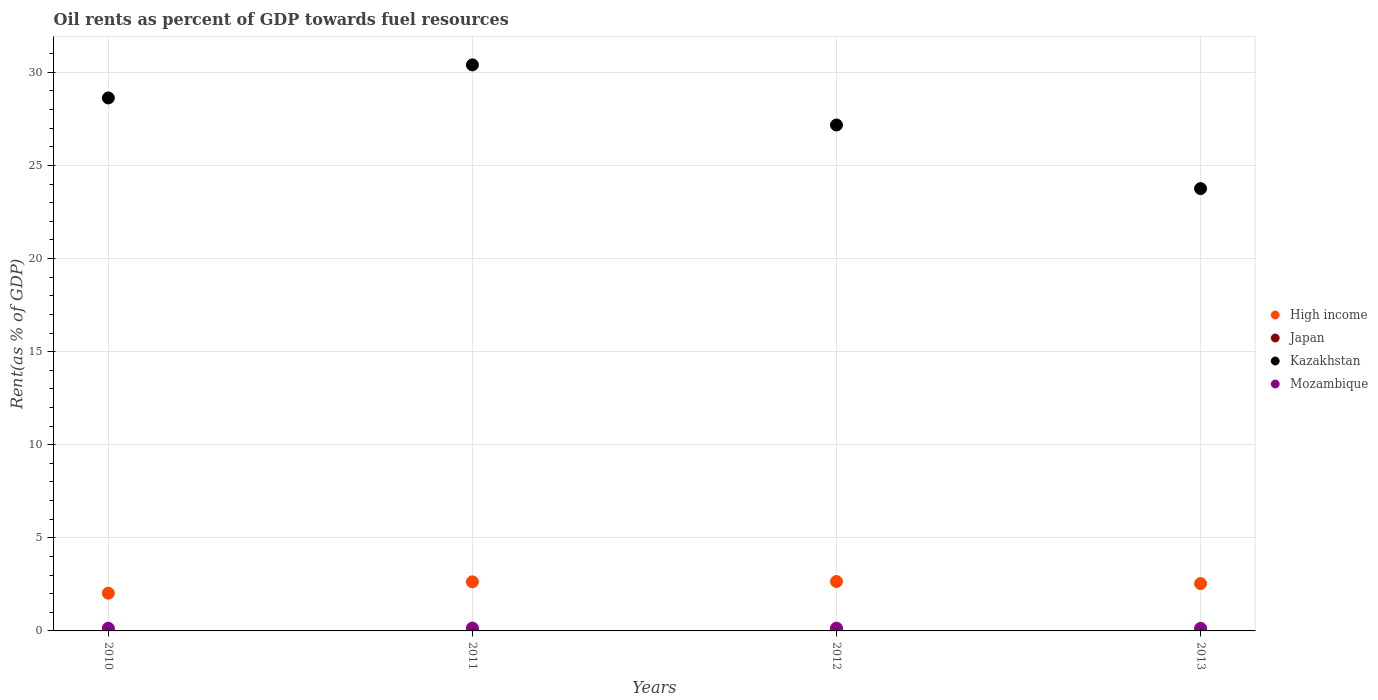
| Years | High income | Japan | Kazakhstan | Mozambique |
 | --- | --- | --- | --- | --- |
 | 2010 | 2.03 | 0.00225 | 28.6 | 0.144 |
 | 2011 | 2.64 | 0.00271 | 30.4 | 0.152 |
 | 2012 | 2.65 | 0.00262 | 27.2 | 0.149 |
 | 2013 | 2.54 | 0.00288 | 23.8 | 0.139 |